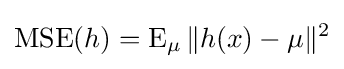
\operatorname {MSE} (h)=\operatorname {E} _{\mu }\|h(x)-\mu \|^{2}